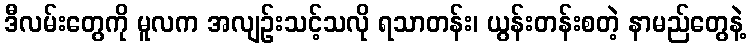
ဒီလမ်းတွေကို မူလက အလျဉ်းသင့်သလို ရသာတန်း၊ ယွန်းတန်းစတဲ့ နာမည်တွေနဲ့